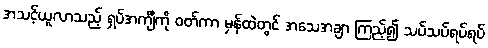
အသင့်ယူလာသည့် ရှပ်အင်္ကျီကို ဝတ်ကာ မှန်ထဲတွင် အသေအချာ ကြည့်၍ သပ်သပ်ရပ်ရပ်